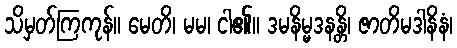
သိမှတ်ကြကုန်။ မေတိ၊ မမ၊ ငါ၏။ ဒမနိမ္မဒနန္တိ၊ ဇာတိမဒါနိနံ၊